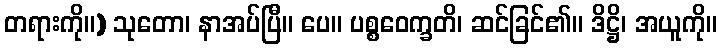
တရားကို။) သုတော၊ နာအပ်ပြီ။ ပေ။ ပစ္စဝေက္ခတိ၊ ဆင်ခြင်၏။ ဒိဋ္ဌိ၊ အယူကို။